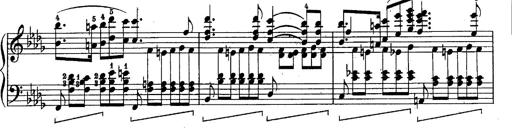
Title: Schubert's Impromptus [revised and edited by Franz Liszt]
Composer: Franz Liszt